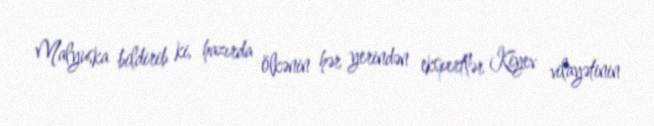
Malyuska bildirib ki, hazırda ölkənin hər yerindən ekspertlər Kiyev vilayətinin